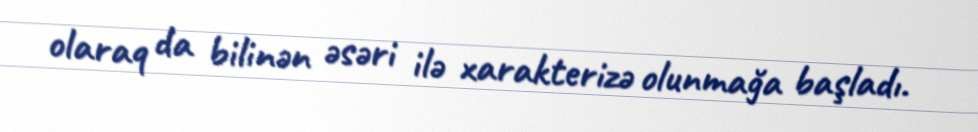
olaraq da bilinən əsəri ilə xarakterizə olunmağa başladı.